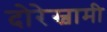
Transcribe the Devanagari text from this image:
दोरेस्वामी